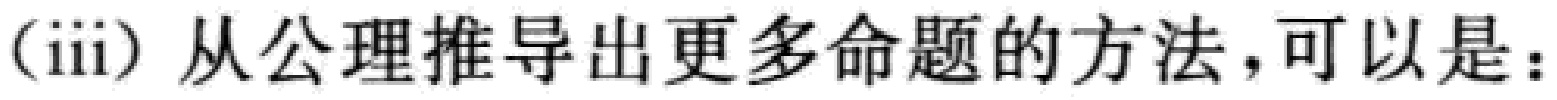
(iii) 从公理推导出更多命题的方法，可以是：